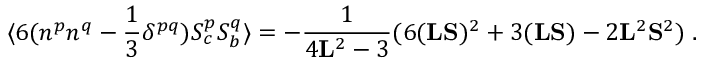
\langle 6 ( n ^ { p } n ^ { q } - \frac { 1 } { 3 } \delta ^ { p q } ) S _ { c } ^ { p } S _ { b } ^ { q } \rangle = - \frac { 1 } { 4 { \bf { L } } ^ { 2 } - 3 } ( 6 ( { \bf { L } } { \bf { S } } ) ^ { 2 } + 3 ( { \bf { L } } { \bf { S } } ) - 2 { \bf { L } } ^ { 2 } { \bf { S } } ^ { 2 } ) \; .